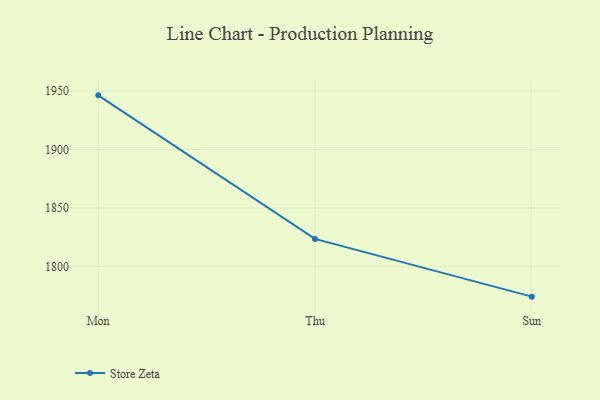
{"axis": {"x": "Day", "y": "Tickets Resolved"}, "legend": ["Store Zeta"], "data": [{"x": "Mon", "y": 1946.3, "type": "Store Zeta"}, {"x": "Thu", "y": 1823.5, "type": "Store Zeta"}, {"x": "Sun", "y": 1774.1, "type": "Store Zeta"}]}